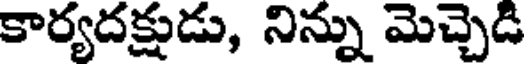
కార్యదక్షుడు, నిన్ను మెచ్చెడి